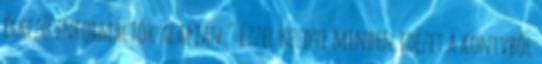
érkező információk alapján." Ezzel kezdve minden idézet a könyvből